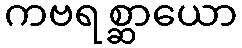
ကဗရစ္ဆာယော